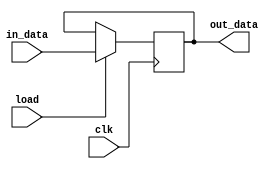

module reg_parametrizado32b(
  clk, // sinal de clock
  load, // sinal de carga
  in_data, // entrada de dados
  out_data // sada de dados
);
  parameter BITS = 32; // nmero de bits do registrador

  input clk, load;
  input [BITS-1:0] in_data;
  output [BITS-1:0] out_data;

   // nmero de bits do registrador

  reg [BITS-1:0] register; // registrador

  assign out_data = register; // sada dos dados registrados

  always @(posedge clk) begin
    if (load) // carga habilitada
      register <= in_data; // atualiza o valor do registrador
  end

endmodule